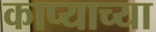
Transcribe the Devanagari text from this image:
काप्याच्या